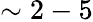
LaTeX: \sim 2-5